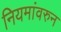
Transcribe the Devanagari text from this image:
नियमांवरुन